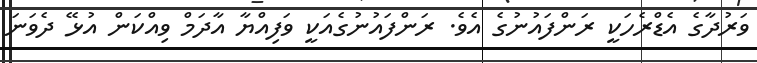
ވަރުދާގެ އެޑްރެހަކީ ރަންފައުނުގެ އެވެ. ރަންފައުނުގެއަކީ ވަފިއްޔާ އާދަމް ވިއްކަން އުޅޭ ދެވަނަ